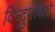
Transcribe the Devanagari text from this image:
विन्दुमाधव